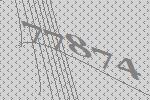
77874